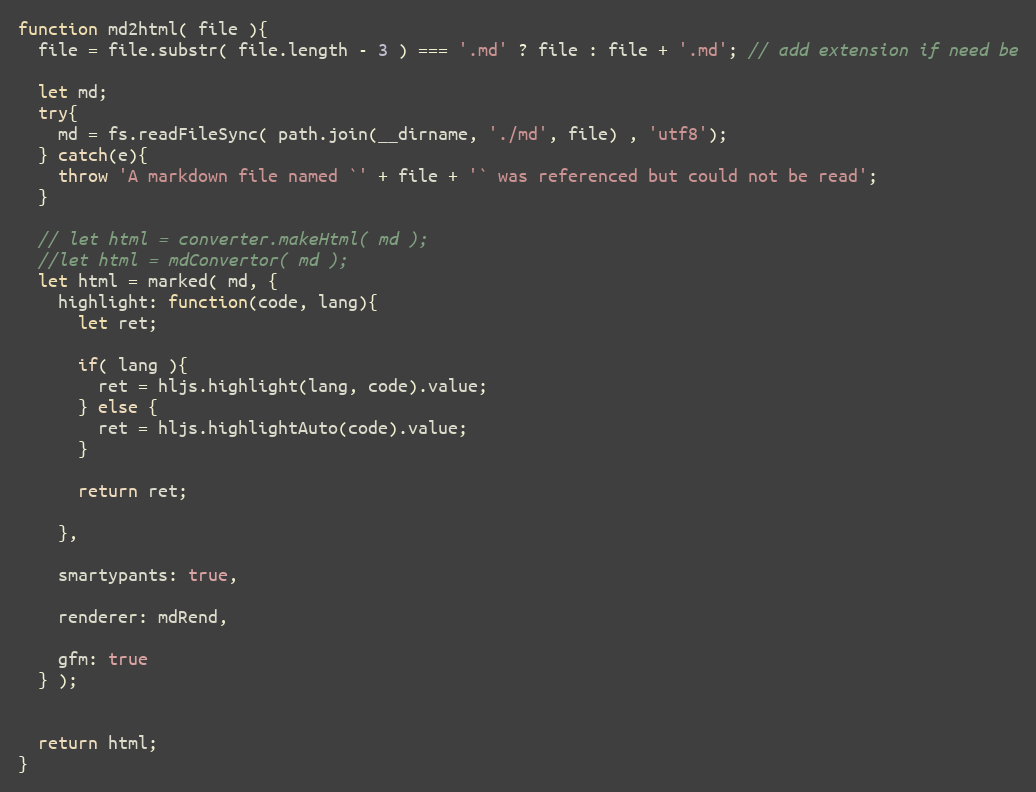
Language: JavaScript
function md2html( file ){
  file = file.substr( file.length - 3 ) === '.md' ? file : file + '.md'; // add extension if need be

  let md;
  try{
    md = fs.readFileSync( path.join(__dirname, './md', file) , 'utf8');
  } catch(e){
    throw 'A markdown file named `' + file + '` was referenced but could not be read';
  }

  // let html = converter.makeHtml( md );
  //let html = mdConvertor( md );
  let html = marked( md, {
    highlight: function(code, lang){
      let ret;

      if( lang ){
        ret = hljs.highlight(lang, code).value;
      } else {
        ret = hljs.highlightAuto(code).value;
      }

      return ret;

    },

    smartypants: true,

    renderer: mdRend,

    gfm: true
  } );

  return html;
}